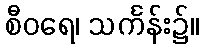
စီဝရေ၊ သင်္ကန်း၌။